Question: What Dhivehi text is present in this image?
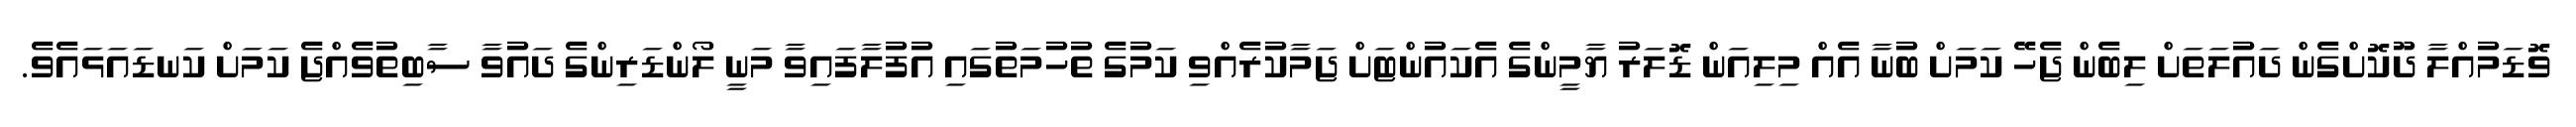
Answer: ވޮޑަމުއްލާ ދޫކޮށްގެން ދައުލަތަށް ލިބެން ޖެހޭ ކަމަށް ބުނާ އެއް މިލިއަން ޑޮލަރު ޔާމީންގެ އެކައުންޓަށް ޖަމާކުރެއްވި ކަމުގެ ތުހުމަތުގައި އުފުލާފައިވާ މަނީ ލޯންޑަރިންގެ ދައުވާ ސާބިތުވެއްޖެ ކަމަށް ކަނޑައަޅައެވެ.